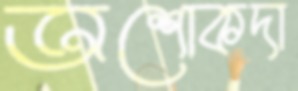
অশোকদা